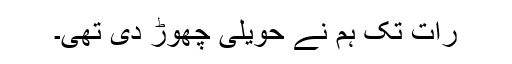
رات تک ہم نے حویلی چھوڑ دی تھی۔